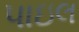
પાઇલ